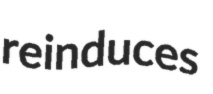
reinduces